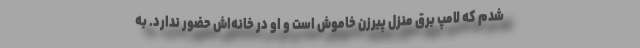
شدم که لامپ برق منزل پیرزن خاموش است و او در خانه‌اش حضور ندارد. به